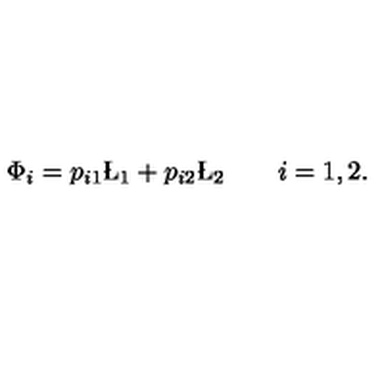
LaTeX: \Phi _ { i } = p _ { i 1 } \L _ { 1 } + p _ { i 2 } \L _ { 2 } \qquad i = { 1 , 2 } .